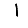
Digit: 1